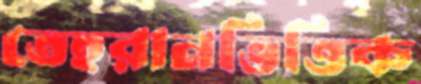
তেহরানভিত্তিক